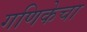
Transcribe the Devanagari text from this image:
गणिकेचा